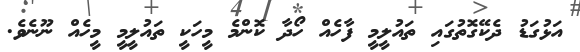
އަޅުގަޑު ދެކޭގޮތުގައި ތައުލީމީ ފާހެއް ހޯދާ ކޮންމެ މީހަކީ ތައުލީމީ މީހެއް ނޫނެވެ.